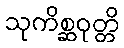
သုကိစ္ဆဝုတ္တိ